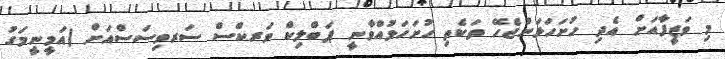
މި ވަޒީފާއަށް އެދި ހުށަހަޅަންޖެހޭ ތަކެތި ހުށަހަޅުއްވާނީ ޕަބްލިކް ވަރކްސް ސަރވިސަސްއަށް (އަމީނީމަގު